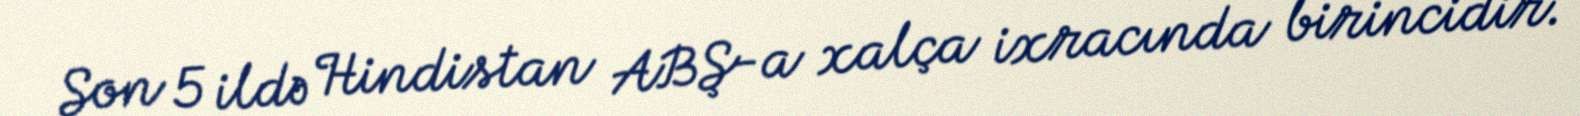
Son 5 ildə Hindistan ABŞ-a xalça ixracında birincidir.